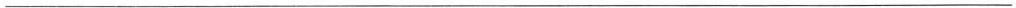
___